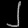
Digit: ၂